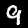
Label: 9